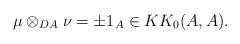
LaTeX: \begin{align*}\mu \otimes _{DA} \nu = \pm 1_{A} \in KK_0(A, A).\end{align*}